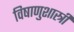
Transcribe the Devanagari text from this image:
विषाणुशास्त्री